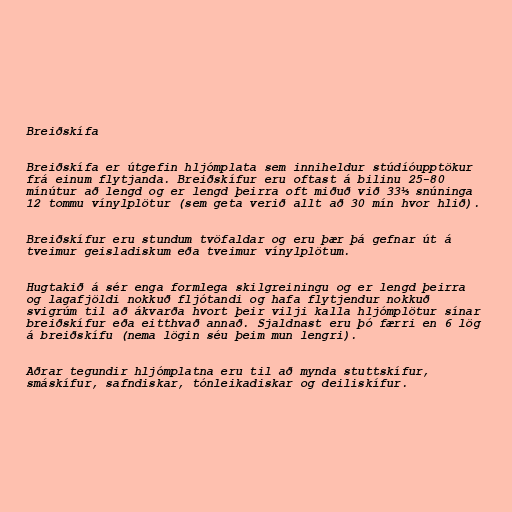
Breiðskífa

Breiðskífa er útgefin hljómplata sem inniheldur stúdíóupptökur
frá einum flytjanda. Breiðskífur eru oftast á bilinu 25-80
mínútur að lengd og er lengd þeirra oft miðuð við 33⅓ snúninga
12 tommu vínylplötur (sem geta verið allt að 30 mín hvor hlið).

Breiðskífur eru stundum tvöfaldar og eru þær þá gefnar út á
tveimur geisladiskum eða tveimur vínylplötum.

Hugtakið á sér enga formlega skilgreiningu og er lengd þeirra
og lagafjöldi nokkuð fljótandi og hafa flytjendur nokkuð
svigrúm til að ákvarða hvort þeir vilji kalla hljómplötur sínar
breiðskífur eða eitthvað annað. Sjaldnast eru þó færri en 6 lög
á breiðskífu (nema lögin séu þeim mun lengri).

Aðrar tegundir hljómplatna eru til að mynda stuttskífur,
smáskífur, safndiskar, tónleikadiskar og deiliskífur.